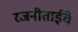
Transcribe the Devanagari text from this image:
रजनीताईंचे